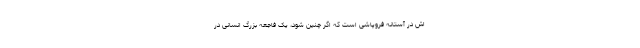
اش در آستانه فروپاشی است که اگر چنین شود، یک فاجعه بزرگ انسانی در